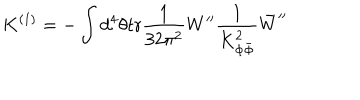
LaTeX: K ^ { ( 1 ) } = - \int d ^ { 4 } \theta \mathrm { t r } \frac { 1 } { 3 2 \pi ^ { 2 } } W ^ { \prime \prime } \frac { 1 } { K _ { \Phi \bar { \Phi } } ^ { 2 } } \bar { W } ^ { \prime \prime }